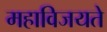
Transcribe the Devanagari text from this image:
महाविजयते